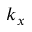
k _ { x }